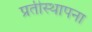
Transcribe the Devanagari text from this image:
प्रतीस्थापना